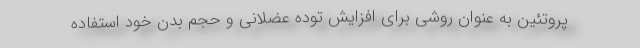
پروتئین به عنوان روشی برای افزایش توده عضلانی و حجم بدن خود استفاده